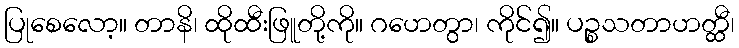
ပြုစေလော့။ တာနိ၊ ထိုထီးဖြူတို့ကို။ ဂဟေတွာ၊ ကိုင်၍။ ပဉ္စသတာဟတ္ထီ၊